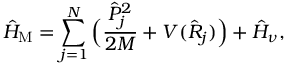
\hat { H } _ { \mathrm { M } } = \sum _ { j = 1 } ^ { N } \Big ( \frac { \hat { P } _ { j } ^ { 2 } } { 2 M } + V ( \hat { R } _ { j } ) \Big ) + \hat { H } _ { \nu } ,